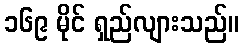
၁၆၉ မိုင် ရှည်လျားသည်။